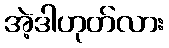
အဲ့ဒါဟုတ်လား